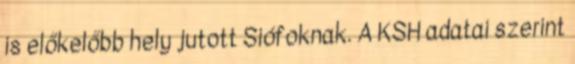
is előkelőbb hely jutott Siófoknak. A KSH adatai szerint